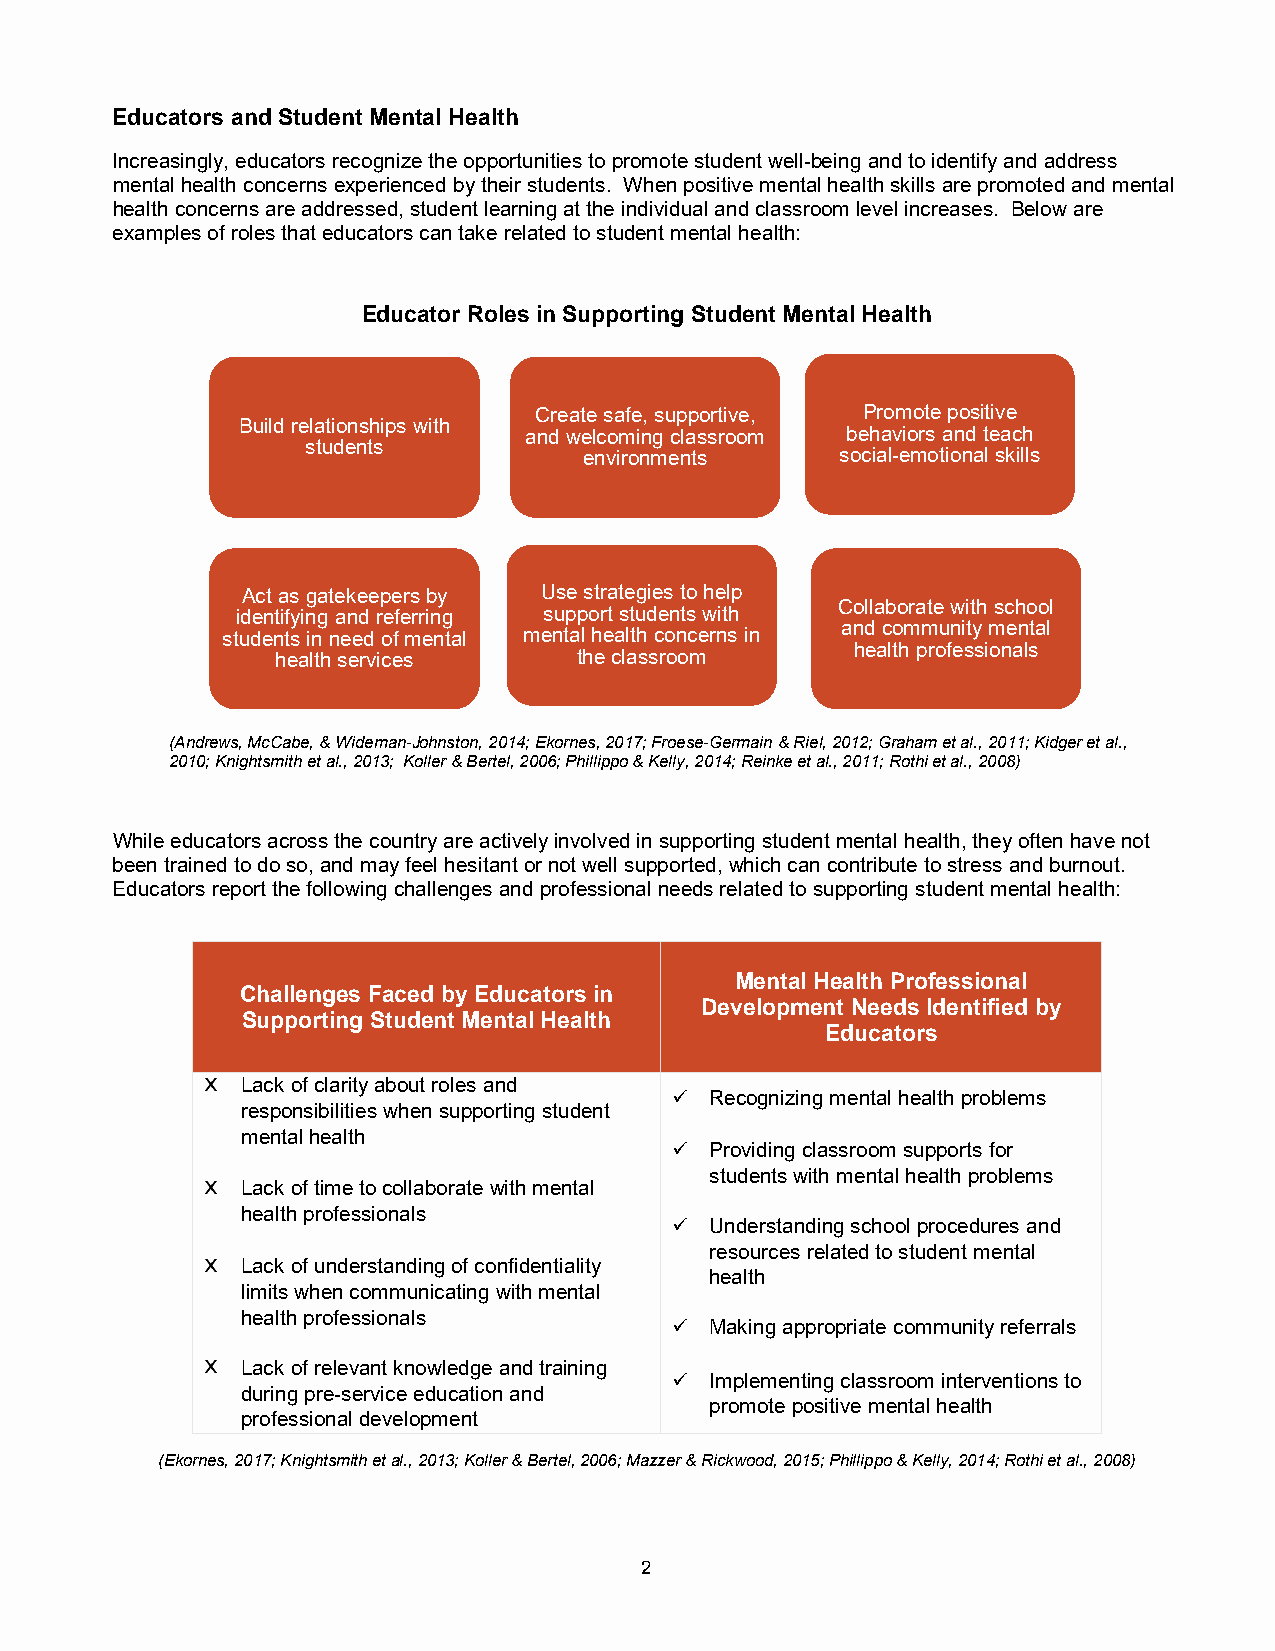
Educators and Student Mental Health
 Increasingly, educators recognize the opportunities to promote student well-being and to identify and address
 mental health concerns experienced by their students. When positive mental health skills are promoted and mental
 health concerns are addressed, student learning at the individual and classroom level increases. Below are
 examples of roles that educators can take related to student mental health:
 Educator Roles in Supporting Student Mental Health
 Create safe, supportive, Promote positive
 Build relationships with
 and welcoming classroom behaviors and teach
 students
 environments     social-emotional skills
 Act as gatekeepers by Use strategies to help
 Collaborate with school
 identifying and referring support students with
 and community mental
 students in need of mental mental health concerns in
 health professionals
 health services     the classroom
 (Andrews, McCabe, & Wideman-Johnston, 2014; Ekornes, 2017; Froese-Germain & Riel, 2012; Graham et al., 2011; Kidger et al.,
 2010; Knightsmith et al., 2013; Koller & Bertel, 2006; Phillippo & Kelly, 2014; Reinke et al., 2011; Rothi et al., 2008)
 While educators across the country are actively involved in supporting student mental health, they often have not
 been trained to do so, and may feel hesitant or not well supported, which can contribute to stress and burnout.
 Educators report the following challenges and professional needs related to supporting student mental health:
 Mental Health Professional
 Challenges Faced by Educators in
 Development Needs Identified by
 Supporting Student Mental Health
 Educators
 Lack of clarity about roles and
   Recognizing mental health problems
 responsibilities when supporting student
 mental health
   Providing classroom supports for
 students with mental health problems
 Lack of time to collaborate with mental
 health professionals
   Understanding school procedures and
 resources related to student mental
 Lack of understanding of confidentiality
 health
 limits when communicating with mental
 health professionals
   Making appropriate community referrals
 Lack of relevant knowledge and training
   Implementing classroom interventions to
 during pre-service education and
 promote positive mental health
 professional development
 (Ekornes, 2017; Knightsmith et al., 2013; Koller & Bertel, 2006; Mazzer & Rickwood, 2015; Phillippo & Kelly, 2014; Rothi et al., 2008)
 2